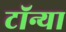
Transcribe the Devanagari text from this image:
टॉन्या